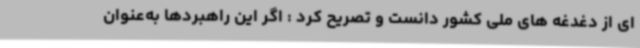
ای از دغدغه های ملی کشور دانست و تصریح کرد : اگر این راهبردها به‌عنوان